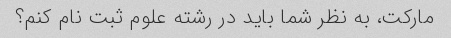
مارکت، به نظر شما باید در رشته علوم ثبت نام کنم؟